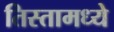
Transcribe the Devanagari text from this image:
तिस्तामध्ये